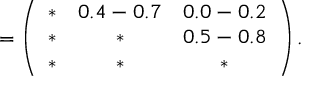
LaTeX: = \left( \begin{array} { c c c } { { \ast } } & { { 0 . 4 - 0 . 7 } } & { { 0 . 0 - 0 . 2 } } \\ { { \ast } } & { { \ast } } & { { 0 . 5 - 0 . 8 } } \\ { { \ast } } & { { \ast } } & { { \ast } } \end{array} \right) .